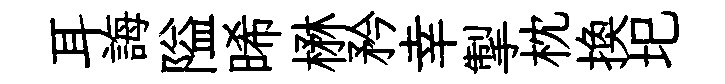
耳誨隘晞楙矜幸掣枕换圯